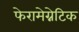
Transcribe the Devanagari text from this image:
फेरामेग्नेटिक